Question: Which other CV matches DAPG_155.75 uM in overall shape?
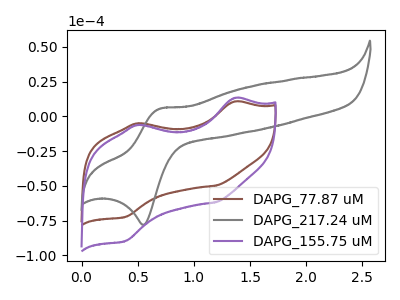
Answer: <think>The brown curve "DAPG_77.87 uM" has anodic peaks at (1.35V, 10.60uA) (0.50V, -5.10uA) and cathodic peaks at (1.20V, -49.85uA) (0.40V, -72.30uA). The gray curve "DAPG_217.24 uM" has an anodic peak at (0.70V, 5.60uA) and a cathodic peak at (0.55V, -78.05uA). The purple curve "DAPG_155.75 uM" has anodic peaks at (1.35V, 13.15uA) (0.50V, -6.30uA) and cathodic peaks at (1.20V, -61.75uA) (0.40V, -89.60uA).
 "DAPG_77.87 uM" and "DAPG_217.24 uM" have a different number of peaks. All the peaks in "DAPG_77.87 uM" have a peak in "DAPG_155.75 uM" at the same potential. "DAPG_217.24 uM" and "DAPG_155.75 uM" have a different number of peaks.</think>
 <answer>The CV with the most similar shape to "DAPG_77.87 uM" is "DAPG_155.75 uM".</answer>
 <eval>"DAPG_155.75 uM"</eval>